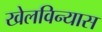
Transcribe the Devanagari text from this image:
खेलविन्यास